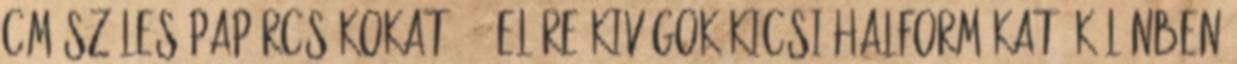
cm széles papírcsíkokat. 2. Előre kivágok kicsi halformákat, különben